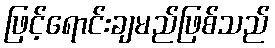
ဖြင့်ရောင်းချမည်ဖြစ်သည်